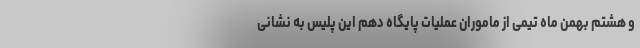
و هشتم بهمن ماه تیمی از ماموران عملیات پایگاه دهم این پلیس به نشانی